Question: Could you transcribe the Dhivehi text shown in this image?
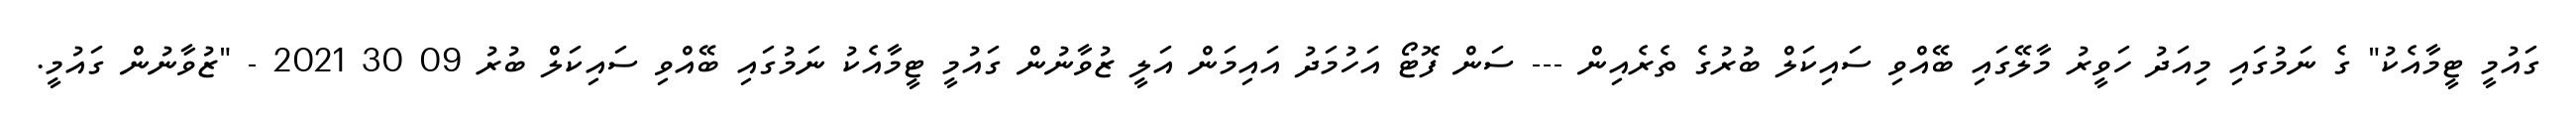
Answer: ގައުމީ ޓީމާއެކު" ގެ ނަމުގައި މިއަދު ހަވީރު މާލޭގައި ބޭއްވި ސައިކަލް ބުރުގެ ތެރެއިން --- ސަން ފޮޓޯ އަހުމަދު އައިމަން އަލީ ޒުވާނުން ގައުމީ ޓީމާއެކު ނަމުގައި ބޭއްވި ސައިކަލް ބުރު 09 30 2021 - "ޒުވާނުން ގައުމީ.